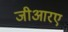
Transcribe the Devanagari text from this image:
जीआरए